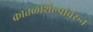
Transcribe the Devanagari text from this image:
कातळशिल्पांवरून